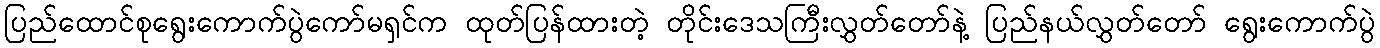
ပြည်ထောင်စုရွေးကောက်ပွဲကော်မရှင်က ထုတ်ပြန်ထားတဲ့ တိုင်းဒေသကြီးလွှတ်တော်နဲ့ ပြည်နယ်လွှတ်တော် ရွေးကောက်ပွဲ